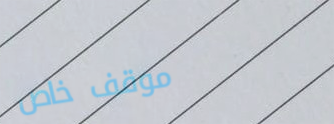
موقف خاص